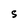
Character: S